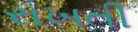
રાખતી